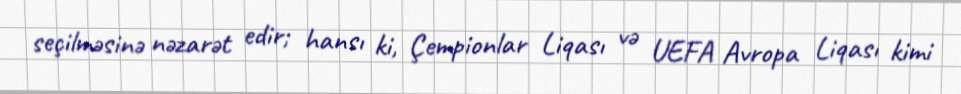
seçilməsinə nəzarət edir; hansı ki, Çempionlar Liqası və UEFA Avropa Liqası kimi